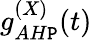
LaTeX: g_{AH\mathtt{P}}^{(X)}(t)